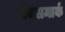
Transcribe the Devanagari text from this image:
लेक्समार्क